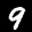
Label: 9